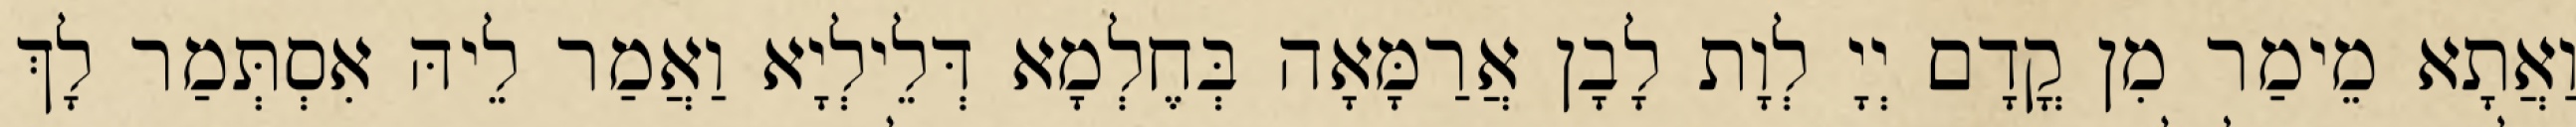
וַאֲתָא מֵימַר מִן קֳדָם יְיָ לְוָת לָבָן אֲרַמָּאָה בְּחֶלְמָא דְּלֵילְיָא וַאֲמַר לֵיהּ אִסְתְּמַר לָךְ